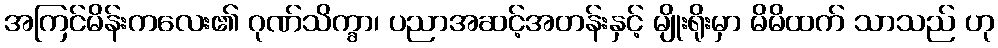
အကြင်မိန်းကလေး၏ ဂုဏ်သိက္ခာ၊ ပညာအဆင့်အတန်းနှင့် မျိုးရိုးမှာ မိမိထက် သာသည် ဟု